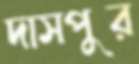
দাসপুর